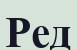
Ред